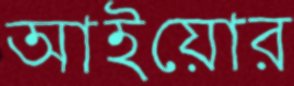
আইয়োর